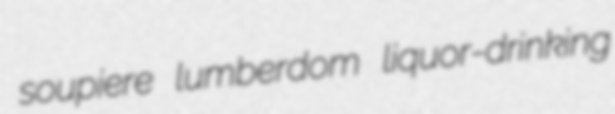
soupiere lumberdom liquor-drinking